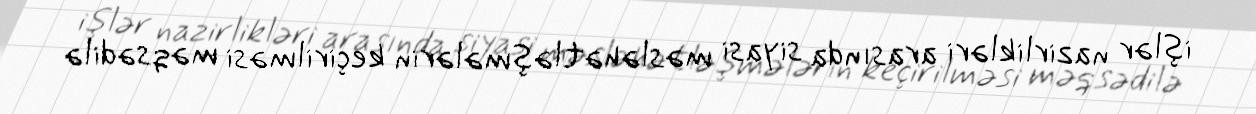
işlər nazirlikləri arasında siyasi məsləhətləşmələrin keçirilməsi məqsədilə